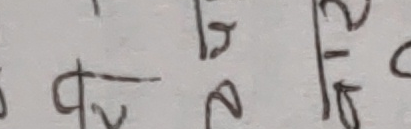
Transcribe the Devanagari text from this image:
क्ष रा हो रा रे